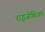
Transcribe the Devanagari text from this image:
राइजोबिअम